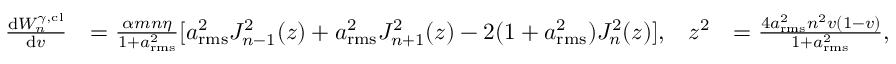
\begin{array} { r l r l } { \frac { \mathrm { d } W _ { n } ^ { \gamma , \mathrm { c l } } } { \mathrm { d } v } } & { = \frac { \alpha m n \eta } { 1 + a _ { \mathrm { r m s } } ^ { 2 } } [ a _ { \mathrm { r m s } } ^ { 2 } J _ { n - 1 } ^ { 2 } ( z ) + a _ { \mathrm { r m s } } ^ { 2 } J _ { n + 1 } ^ { 2 } ( z ) - 2 ( 1 + a _ { \mathrm { r m s } } ^ { 2 } ) J _ { n } ^ { 2 } ( z ) ] , } & { z ^ { 2 } } & { = \frac { 4 a _ { \mathrm { r m s } } ^ { 2 } n ^ { 2 } v ( 1 - v ) } { 1 + a _ { \mathrm { r m s } } ^ { 2 } } , } \end{array}